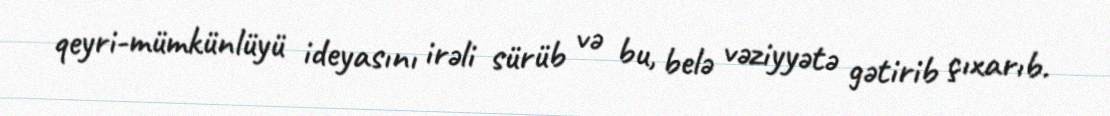
qeyri-mümkünlüyü ideyasını irəli sürüb və bu, belə vəziyyətə gətirib çıxarıb.